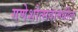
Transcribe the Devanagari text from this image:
गणेशोत्सवामधील